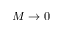
M \rightarrow 0